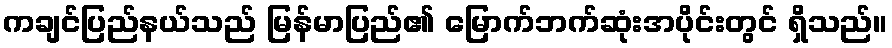
ကချင်ပြည်နယ်သည် မြန်မာပြည်၏ မြောက်ဘက်ဆုံးအပိုင်းတွင် ရှိသည်။